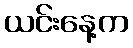
ယင်းနေ့က